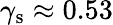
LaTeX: \gamma_{\mathrm{s}}\approx 0.53